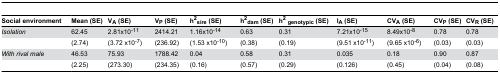
| Social environment | Mean (SE) | VA (SE) | VP (SE) | h2sire (SE) | h2dam (SE) | h2genotypic (SE) | IA (SE) | CVA (SE) | CVP (SE) | CVR (SE) |
 | --- | --- | --- | --- | --- | --- | --- | --- | --- | --- | --- |
 | Isolation | 62.45 | 2.81x10-11 | 2414.21 | 1.16x10-14 | 0.63 | 0.31 | 7.21x10-15 | 8.49x10-8 | 0.78 | 0.78 |
 |  | (2.74) | (3.72 x10-7) | (236.92) | (1.53 x10-10) | (0.38) | (0.19) | (9.51 x10-11) | (9.65 x10-6) | (0.03) | (0.03) |
 | With rival male | 46.53 | 75.93 | 1788.42 | 0.04 | 0.58 | 0.31 | 0.035 | 0.18 | 0.90 | 0.87 |
 |  | (2.25) | (273.30) | (234.35) | (0.16) | (0.57) | (0.29) | (0.126) | (0.45) | (0.04) | (0.08) |